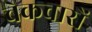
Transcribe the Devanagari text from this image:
चेकवारों